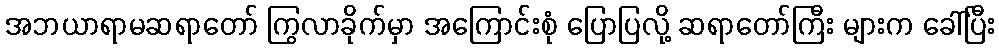
အဘယာရာမဆရာတော် ကြွလာခိုက်မှာ အကြောင်းစုံ ပြောပြလို့ ဆရာတော်ကြီး များက ခေါ်ပြီး